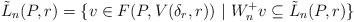
LaTeX: \begin{align*}\tilde{L}_n(P,r)=\{ v\in F(P, V(\delta_r,r)) \ | \ W_n^+ v\subseteq \tilde{L}_n(P,r)\}\end{align*}